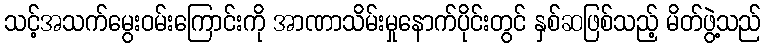
သင့်အသက်မွေးဝမ်းကြောင်းကို အာဏာသိမ်းမှုနောက်ပိုင်းတွင် နှစ်ဆဖြစ်သည့် မိတ်ဖွဲ့သည်